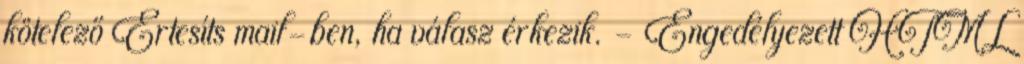
kötelező Értesíts mail-ben, ha válasz érkezik. - Engedélyezett HTML